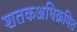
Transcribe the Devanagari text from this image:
शतकअधिक्रमित